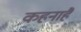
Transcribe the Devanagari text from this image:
कहनाहै